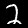
Digit: 2